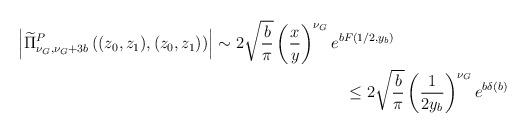
LaTeX: \begin{align*}\begin{multlined}[t][12.5cm]\left|\widetilde{\Pi}^{P}_{\nu_{G},\nu_{G}+3b}\left((z_{0},z_{1}),(z_{0},z_{1})\right)\right|\sim 2\sqrt{\frac{b}{\pi}}\left(\frac{x}{y}\right)^{\nu_{G}}e^{bF(1/2,y_{b})}\\\leq 2\sqrt{\frac{b}{\pi}}\left(\frac{1}{2y_{b}}\right)^{\nu_{G}}e^{b\delta(b)}\end{multlined}\end{align*}